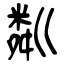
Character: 粼